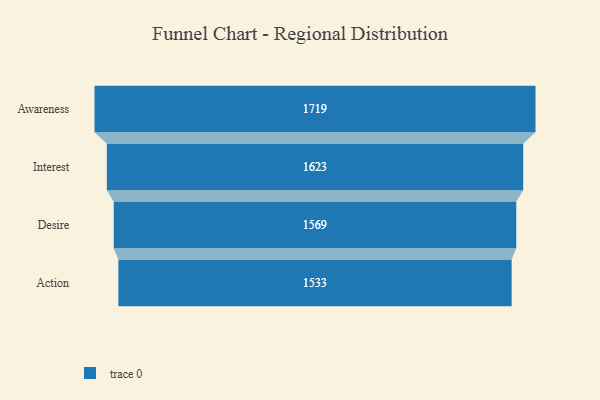
{"axis": {"x": "Stage", "y": "Value"}, "legend": [""], "data": [{"x": "Awareness", "y": 1719.0, "type": ""}, {"x": "Interest", "y": 1623.0, "type": ""}, {"x": "Desire", "y": 1569.0, "type": ""}, {"x": "Action", "y": 1533.0, "type": ""}]}